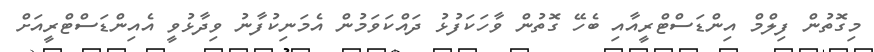
މިގޮތުން ފިލްމް އިންޑަސްޓްރީއާއި ބެހޭ ގޮތުން ވާހަކަފުޅު ދައްކަވަމުން އެމަނިކުފާނު ވިދާޅުވީ އެއިންޑަސްޓްރީއަށް